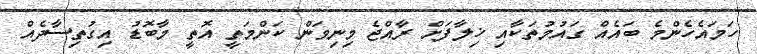
ހަމައެހެންމެ ބައެއް ގައުމުތަކާއި ޚިލާފަށް ރާއްޖެ މިނިވަން ކަންމަތީ އޮތީ މާބޮޑު އިގުތިސާދެއް